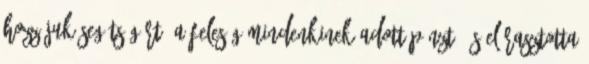
hozzájuk segítségért. A feleség mindenkinek adott pénzt, és elárasztotta